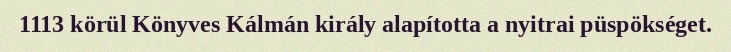
1113 körül Könyves Kálmán király alapította a nyitrai püspökséget.